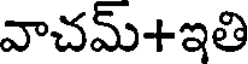
వాచమ్+ఇతి